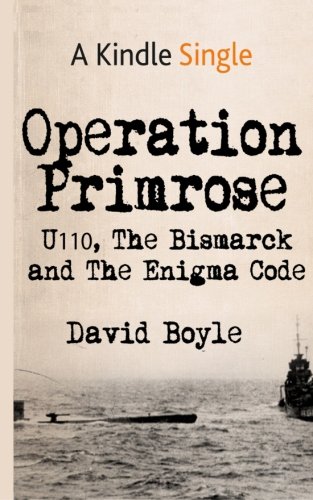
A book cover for Operation Primrose: U110, the Bismarck and the Enigma Code; David Boyle; History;